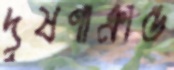
দূষণাক্রান্ত